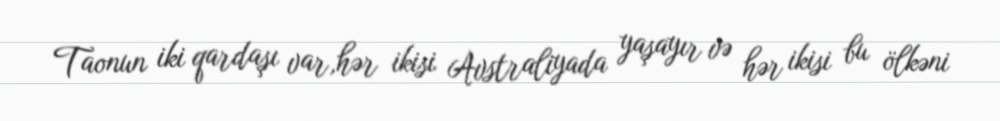
Taonun iki qardaşı var,hər ikisi Avstraliyada yaşayır və hər ikisi bu ölkəni